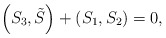
\begin{align*}\left( S_{3},\tilde{S}\right) +\left( S_{1},S_{2}\right) =0, \end{align*}